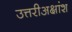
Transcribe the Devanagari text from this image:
उत्तरीअक्षांश